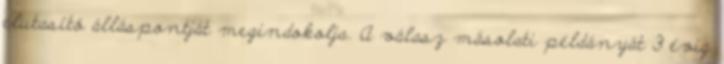
elutasító álláspontját megindokolja. A válasz másolati példányát 3 évig